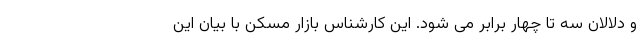
و دلالان سه تا چهار برابر می شود. این کارشناس بازار مسکن با بیان این